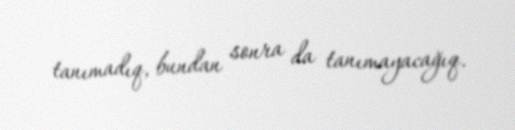
tanımadıq, bundan sonra da tanımayacağıq.